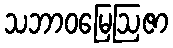
သဘာဝမြေဩဇာ